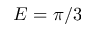
E = \pi / 3